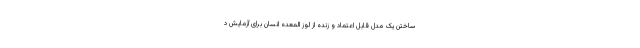
ساختن یک مدل قابل اعتماد و زنده از لوز المعده انسان برای آزمایش د